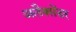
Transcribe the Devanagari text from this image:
अलैक्सेंडर